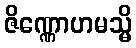
ဇိဏ္ဏောဟမသ္မိ